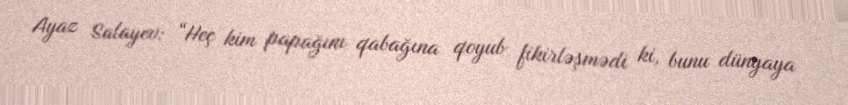
Ayaz Salayev: “Heç kim papağını qabağına qoyub fikirləşmədi ki, bunu dünyaya